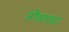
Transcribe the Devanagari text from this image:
प्रौष्ठपदा